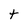
Character: t